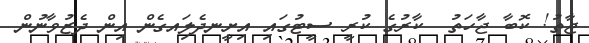
ޖާތު! ކޮބާ ޖާހަތު  ކާރުގެ ކުރީ ސީޓުގައި އިށީނދެލަިއގެން އިން ދެޒުވާނުން